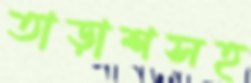
তাড়াশসহ